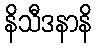
နိသီဒနာနိ